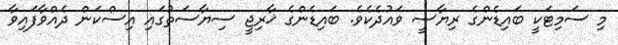
މި ސަމިޓަކީ ބައިޑެންގެ ރިޔާސީ ވައުދެކެވެ. ބައިޑެންގެ ޚާރިޖީ ސިޔާސަތުގައި އިސްކަން ދެއްވާފައިވާ